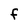
Character: f